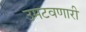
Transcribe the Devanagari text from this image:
उमटवणारी